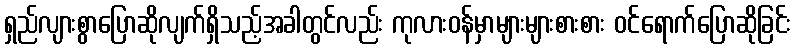
ရှည်လျားစွာပြောဆိုလျက်ရှိသည့်အခါတွင်လည်း ကုလားဝန်မှာများများစားစား ဝင်ရောက်ပြောဆိုခြင်း